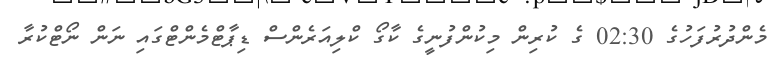
މެންދުރުފަހުގެ 02:30 ގެ ކުރިން މިކުންފުނީގެ ކާގޯ ކްލިއަރެންސް ޑިޕާޓްމެންޓްގައި ނަން ނޯޓްކުރާ